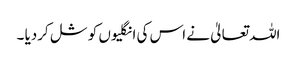
اللہ تعالیٰ نے اس کی انگلیوں کو شل کردیا ۔